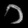
Digit: ၁